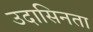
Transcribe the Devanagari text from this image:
उदासिनता